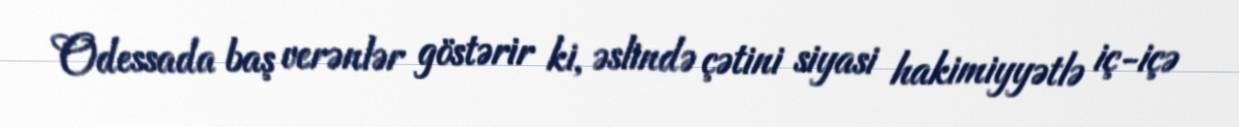
Odessada baş verənlər göstərir ki, əslində çətini siyasi hakimiyyətlə iç-içə